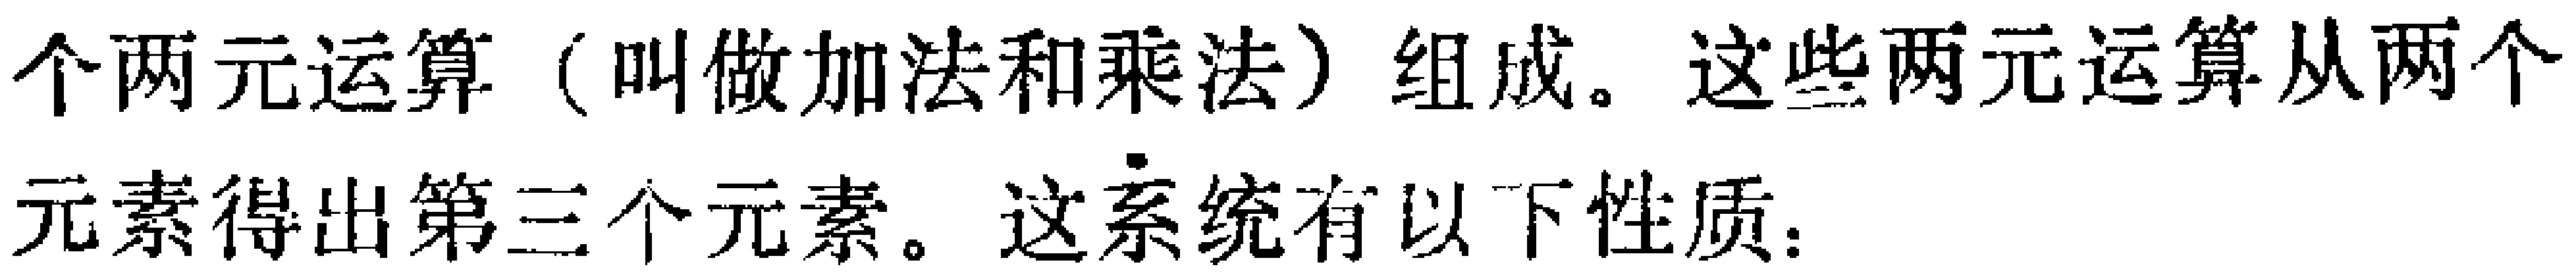
个两元运算（叫做加法和乘法）组成。这些两元运算从两个元素得出第三个元素。这系统有以下性质：